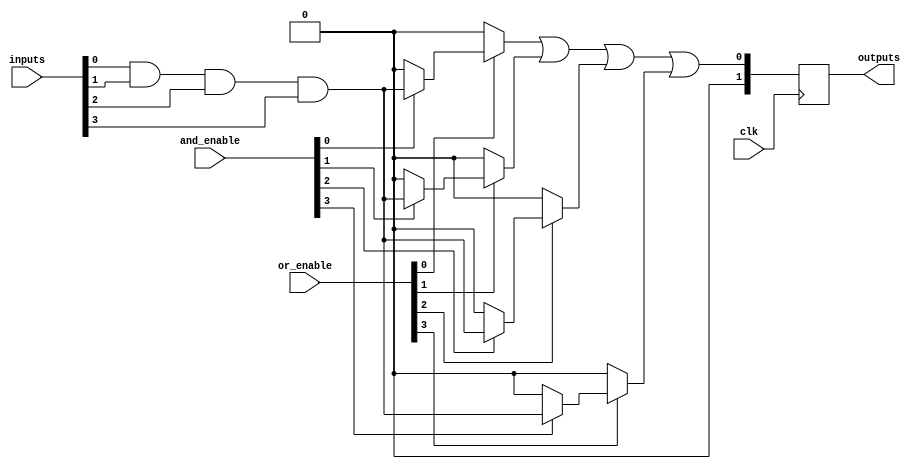
module RPAL #(
    parameter NUM_INPUTS = 4,      // Number of input signals
    parameter NUM_PRODUCT_TERMS = 4, // Number of product terms
    parameter NUM_OUTPUTS = 2       // Number of outputs
)(
    input wire [NUM_INPUTS-1:0] inputs,       // Input lines
    input wire [NUM_PRODUCT_TERMS-1:0] and_enable, // Control signals for AND array
    input wire [NUM_PRODUCT_TERMS-1:0] or_enable,  // Control signals for OR array
    input wire clk,                          // Clock input
    output reg [NUM_OUTPUTS-1:0] outputs     // Registered outputs
);

    // Intermediate signal for product terms
    wire [NUM_PRODUCT_TERMS-1:0] product_terms;

    // Programmable AND Array
    genvar i;
    generate
        for (i = 0; i < NUM_PRODUCT_TERMS; i = i + 1) begin: and_array
            // Each product term is the AND of specific inputs based on control signals
            assign product_terms[i] = (and_enable[i]) ? (inputs[0] & inputs[1] & inputs[2] & inputs[3]) : 1'b0; // Example: ANDing all inputs
        end
    endgenerate

    // Intermediate signal for OR outputs
    wire or_output;

    // Programmable OR Array
    assign or_output = (or_enable[0] ? product_terms[0] : 1'b0) |
                       (or_enable[1] ? product_terms[1] : 1'b0) |
                       (or_enable[2] ? product_terms[2] : 1'b0) |
                       (or_enable[3] ? product_terms[3] : 1'b0);

    // Registered Outputs
    always @(posedge clk) begin
        outputs <= or_output; // Store the OR output in registered outputs
    end

endmodule